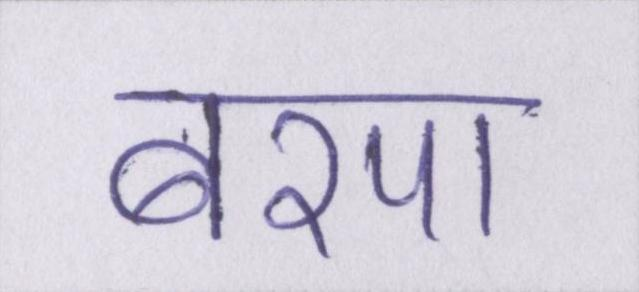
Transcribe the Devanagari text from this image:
बरपा